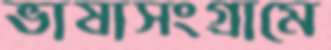
ভাষাসংগ্রামে